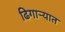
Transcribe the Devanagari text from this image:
ढिगार्‍यात